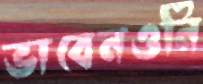
ভাবেনওনি